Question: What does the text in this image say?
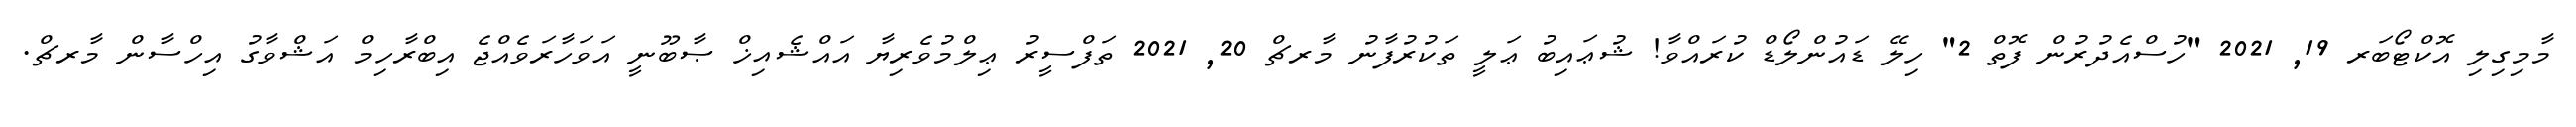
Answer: މާމިގިލި އޮކްޓޯބަރ 19, 2021 "ހުސްއެދުރުން ފޮތް 2" ހިލޭ ޑައުންލޯޑް ކުރައްވާ! ޝުޢައިބު ޢަލީ ތަކުރުފާނު މާރޗް 20, 2021 ތަފްސީރު ޢިލްމުވެރިޔާ އައްޝެއިޚް ޞާބޫނީ އަވަހާރަވެއްޖެ އިބްރާހިމް އަޝްވާގު އިހްސާން މާރޗް.